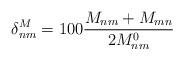
LaTeX: \begin{align*} \delta^M_{nm} = 100\frac{M_{nm} + M_{mn}}{2M^0_{nm}}\end{align*}